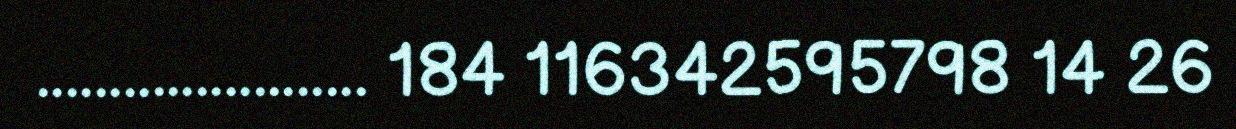
....................... 184 116342595798 14 26